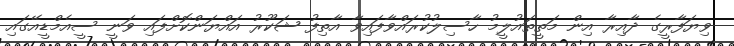
ވިޔަފާރީގެ ދާއިރާ އިން މަތީތައުލީމު ހާސިލުކުރައްވާފައިވާ އާތިފު ޝަކޫރު އައްޔަންކޮށްފައި ވަނީ ސީއެމްޑީއޭގައި